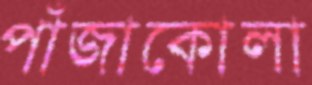
পাঁজাকোলা